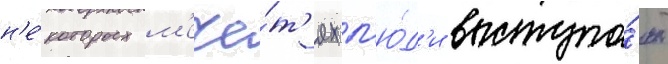
н'е́которых м'ече́т'ях л'ю́д'и выступа́ют